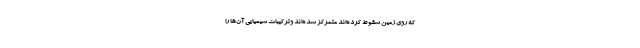
که روی زمین سقوط کرده‌اند متمرکز شده‌اند وترکیبات شیمیایی آن‌ها را